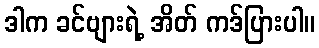
ဒါက ခင်ဗျားရဲ့ အိတ် ကဒ်ပြားပါ။